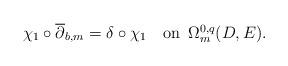
LaTeX: \begin{align*}\chi_1\circ \overline\partial_{b,m}=\delta\circ \chi_1\quad\mbox{on\,\,\,$\Omega^{0,q}_m(D, E)$}.\end{align*}